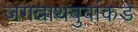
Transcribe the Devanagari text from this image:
जगन्नाथबुवांकडे